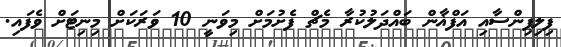
ފިލިޕިންސާއި އަފްޣާން ބައްދަލުކުރާ މެޗް ފެށުމަށް މިވަނީ 10 ވަރަކަށް މިނިޓަށް ވެފައި.